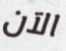
الآن